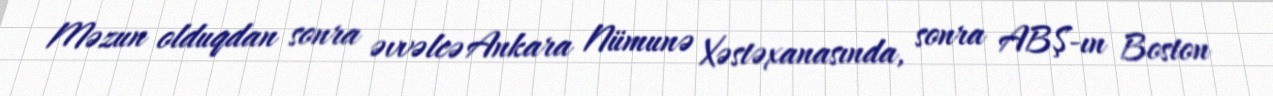
Məzun olduqdan sonra əvvəlcə Ankara Nümunə Xəstəxanasında, sonra ABŞ-ın Boston